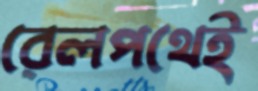
রেলপথেই